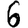
Digit: 6